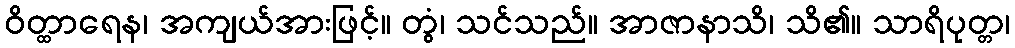
ဝိတ္ထာရေန၊ အကျယ်အားဖြင့်။ တွံ၊ သင်သည်။ အာဇာနာသိ၊ သိ၏။ သာရိပုတ္တ၊